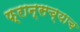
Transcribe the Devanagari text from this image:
फ्रान्सच्याच